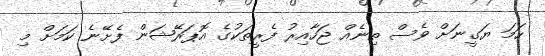
ހަމަ ޔަގީނަށް ވެސް ތިނެއް ޖަހާއިރު ފެރީތަކުގެ އޮޕަރޭޝަން ފެށޭނެ ކަމަށް މި